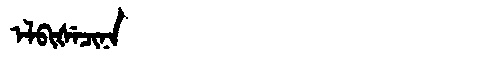
Manchu: ᡝᠯᠪᡳᡧᡝᠴᡳᠨᠠ
Romanization: ELBIŠECINA